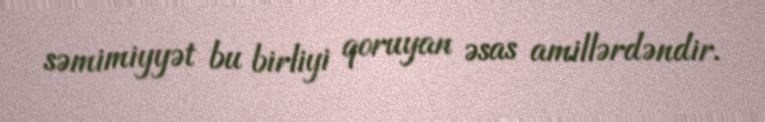
səmimiyyət bu birliyi qoruyan əsas amillərdəndir.